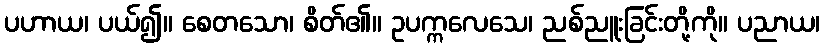
ပဟာယ၊ ပယ်၍။ စေတသော၊ စိတ်၏။ ဥပက္ကလေသေ၊ ညစ်ညူးခြင်းတို့ကို။ ပညာယ၊